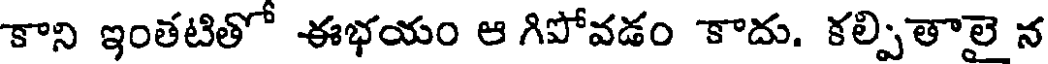
కాని ఇంతటితో ఈభయం ఆ గిపోవడం కాదు. కల్పితాలై న